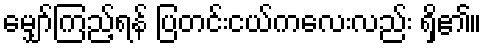
မျှော်ကြည့်ရန် ပြတင်းငယ်ကလေးလည်း ရှိ၏။